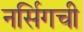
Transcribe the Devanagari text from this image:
नर्सिगची